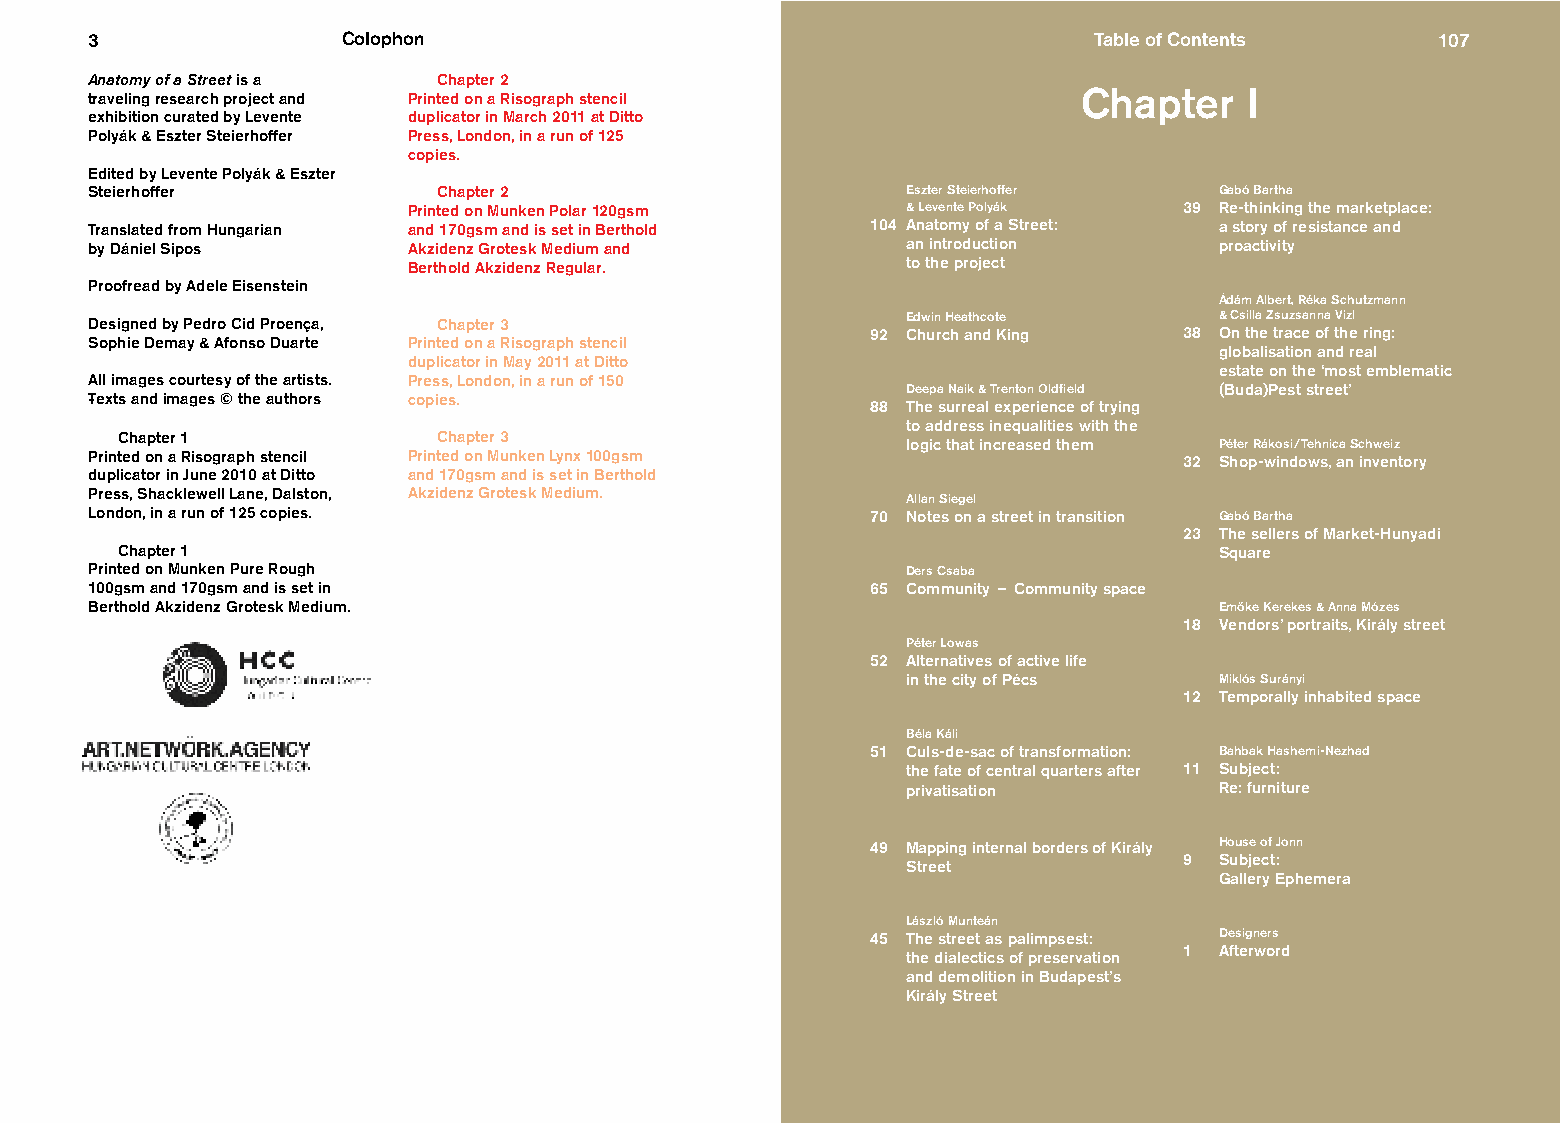
3                Colophon                                         Table of Contents      107
 Anatomy of a Street is a Chapter 2
 Chapter   I
 traveling research project and Printed on a Risograph stencil
 exhibition curated by Levente duplicator in March 2011 at Ditto
 Polyák & Eszter Steierhoffer Press, London, in a run of 125
 copies.
 Edited by Levente Polyák & Eszter
 Steierhoffer           Chapter 2                      Eszter Steierhoffer  Gabó Bartha
 Printed on Munken Polar 120gsm   & Levente Polyák  39 Re-thinking the marketplace:
 Translated from Hungarian and 170gsm and is set in Berthold 104 Anatomy of a Street: a story of resistance and
 by Dániel Sipos      Akzidenz Grotesk Medium and      an introduction      proactivity
 Berthold Akzidenz Regular.       to the project
 Proofread by Adele Eisenstein
 Ádám Albert, Réka Schutzmann
 Designed by Pedro Cid Proença, Chapter 3              Edwin Heathcote      & Csilla Zsuzsanna Vizl
 92 Church and King  38 On the trace of the ring:
 Sophie Demay & Afonso Duarte Printed on a Risograph stencil
 globalisation and real
 duplicator in May 2011 at Ditto
 estate on the ‘most emblematic
 All images courtesy of the artists. Press, London, in a run of 150
 Deepa Naik & Trenton Oldfield (Buda)Pest street’
 T-exts and images © the authors copies.
 88 The surreal experience of trying
 to address inequalities with the
 Chapter 1            Chapter 3
 logic that increased them Péter Rákosi / Tehnica Schweiz
 Printed on a Risograph stencil Printed on Munken Lynx 100gsm            32 Shop-windows, an inventory
 duplicator in June 2010 at Ditto and 170gsm and is set in Berthold
 Press, Shacklewell Lane, Dalston, Akzidenz Grotesk Medium.
 Allan Siegel
 London, in a run of 125 copies.                     70 Notes on a street in transition Gabó Bartha
 23 The sellers of Market-Hunyadi
 Chapter 1                                                                Square
 Printed on Munken Pure Rough                          Ders Csaba
 100gsm and 170gsm and is set in                     65 Community – Community space
 Berthold Akzidenz Grotesk Medium.                                          Emo˝ke Kerekes & Anna Mózes
 18 Vendors’ portraits, Király street
 Péter Lowas
 52 Alternatives of active life
 in the city of Pécs  Miklós Surányi
 12 Temporally inhabited space
 Béla Káli
 51 Culs-de-sac of transformation: Bahbak Hashemi-Nezhad
 the fate of central quarters after 11 Subject:
 privatisation        Re: furniture
 49 Mapping internal borders of Király House of Jonn
 9  Subject:
 Street
 Gallery Ephemera
 László Munteán
 45 The street as palimpsest: Designers
 1  Afterword
 the dialectics of preservation
 and demolition in Budapest’s
 Király Street